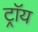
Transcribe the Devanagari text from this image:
ट्राॅय